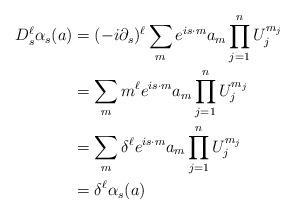
LaTeX: \begin{align*}D_s^{\ell}\alpha_s(a)&=(-i\partial_s)^{\ell}\sum_me^{is\cdot m}a_m\prod_{j=1}^nU_j^{m_j} \\&=\sum_m m^{\ell}e^{is\cdot m}a_m\prod_{j=1}^nU_j^{m_j} \\&=\sum_m\delta^{\ell}e^{is\cdot m}a_m\prod_{j=1}^nU_j^{m_j} \\&=\delta^{\ell}\alpha_s(a)\end{align*}